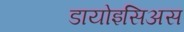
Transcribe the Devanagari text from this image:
डायोइसिअस